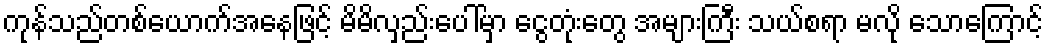
ကုန်သည်တစ်ယောက်အနေဖြင့် မိမိလှည်းပေါ်မှာ ငွေတုံးတွေ အများကြီး သယ်စရာ မလို သောကြောင့်